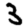
Digit: 3